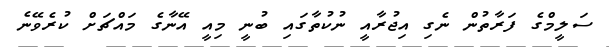
ސަލީމްގެ ފަރާތުން ނެގި އިޖުރާއީ ނުކުތާގައި ބުނީ މިއީ އޭނާގެ މައްޗަށް ކުރެވޭނެ